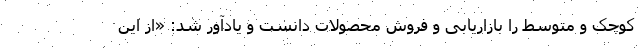
کوچک و متوسط را بازاریابی و فروش محصولات دانست و یادآور شد: «از این